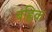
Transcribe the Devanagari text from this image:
बह्लिक